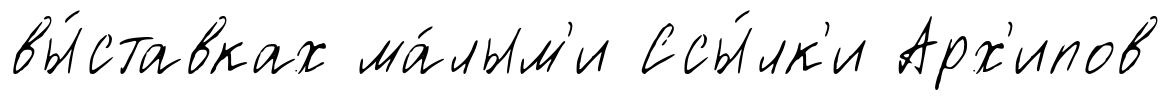
вы́ставках ма́лым'и Ссы́лк'и Арх'ипов